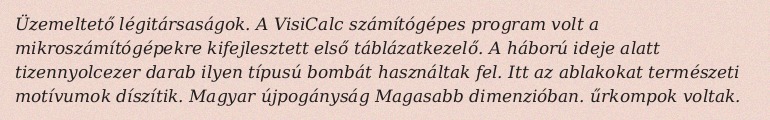
Üzemeltető légitársaságok. A VisiCalc számítógépes program volt a mikroszámítógépekre kifejlesztett első táblázatkezelő. A háború ideje alatt tizennyolcezer darab ilyen típusú bombát használtak fel. Itt az ablakokat természeti motívumok díszítik. Magyar újpogányság Magasabb dimenzióban. űrkompok voltak.